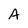
Character: A